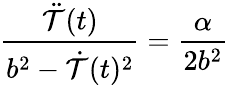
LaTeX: {\frac{\ddot{\cal T}(t)}{b^{2}-\dot{\cal T}(t)^{2}}}={\frac{\alpha}{2b^{2}}}